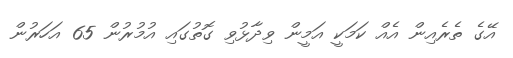
އޭގެ ތެރެއިން އެއް ކަމަކީ އަމީން ވިދާޅުވި ގޮތުގައި އުމުރުން 65 އަހަރުން